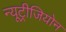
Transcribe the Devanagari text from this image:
न्यूट्रीजियोन